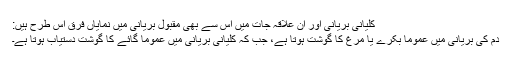
کلیانی بریانی اور ان علاقہ جات میں اس سے بھی مقبول بریانی میں نمایاں فرق اس طرح ہیں:
دم کی بریانی میں عمومًا بکرے یا مرغ کا گوشت ہوتا ہے، جب کہ کلیانی بریانی میں عمومًا گائے کا گوشت دستیاب ہوتا ہے۔